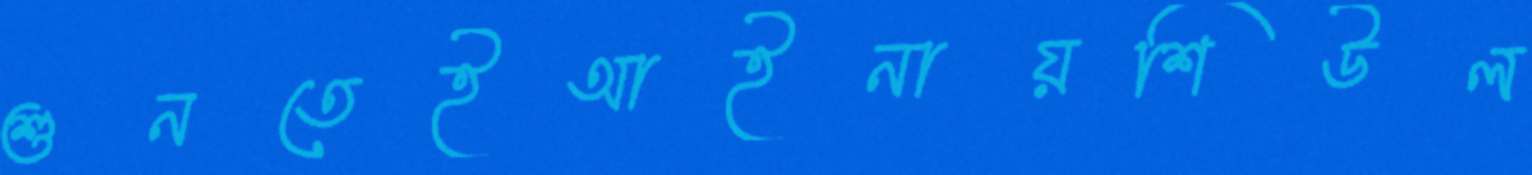
শুনতেইআইনায়শিউল